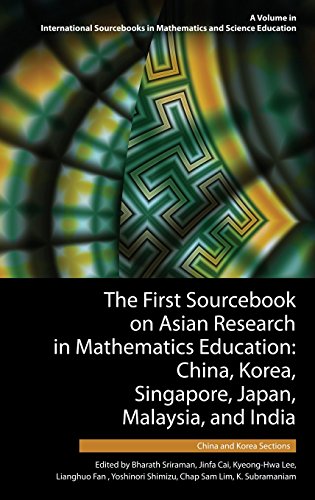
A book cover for The First Sourcebook on Asian Research in Mathematics Education: China, Korea, Singapore, Japan, Malaysia and India -- China and Korea Sections (HC) ... in Mathematics and Science Education); Science & Math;